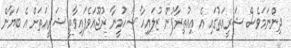
ދިންނަމަވެސް ޝަރީއަތުގައި އެ އިއުތިރާފުން ޒުލައިހާ ޝަހުމީނާ ރުޖޫއަވެފައިވާތީ ޝަރީއަތަށް އެ ބަޔާން